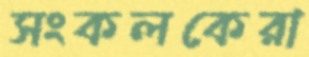
সংকলকেরা